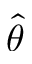
\hat { \theta }